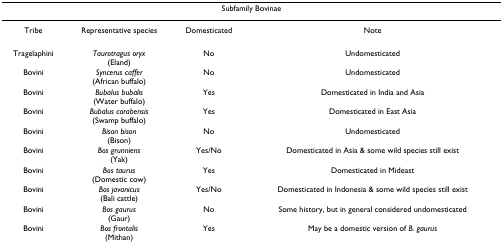
<table><thead><tr><td colspan="4"><b>Subfamily Bovinae</b></td></tr></thead><tbody><tr><td>Tribe</td><td>Representative species</td><td>Domesticated</td><td>Note</td></tr><tr><td>Tragelaphini</td><td><i>Taurotragus oryx</i>(Eland)</td><td>No</td><td>Undomesticated</td></tr><tr><td>Bovini</td><td><i>Syncerus caffer</i>(African buffalo)</td><td>No</td><td>Undomesticated</td></tr><tr><td>Bovini</td><td><i>Bubalus bubalis</i>(Water buffalo)</td><td>Yes</td><td>Domesticated in India and Asia</td></tr><tr><td>Bovini</td><td><i>Bubalus carabensis</i>(Swamp buffalo)</td><td>Yes</td><td>Domesticated in East Asia</td></tr><tr><td>Bovini</td><td><i>Bison bison</i>(Bison)</td><td>No</td><td>Undomesticated</td></tr><tr><td>Bovini</td><td><i>Bos grunniens</i>(Yak)</td><td>Yes/No</td><td>Domesticated in Asia &amp; some wild species still exist</td></tr><tr><td>Bovini</td><td><i>Bos taurus</i>(Domestic cow)</td><td>Yes</td><td>Domesticated in Mideast</td></tr><tr><td>Bovini</td><td><i>Bos javanicus</i>(Bali cattle)</td><td>Yes/No</td><td>Domesticated in Indonesia &amp; some wild species still exist</td></tr><tr><td>Bovini</td><td><i>Bos gaurus</i>(Gaur)</td><td>No</td><td>Some history, but in general considered undomesticated</td></tr><tr><td>Bovini</td><td><i>Bos frontalis</i>(Mithan)</td><td>Yes</td><td>May be a domestic version of <i>B. gaurus</i></td></tr></tbody></table>